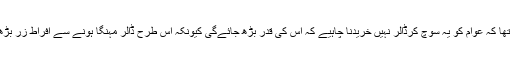
ان کا کہنا تھا کہ عوام کو یہ سوچ کرڈالر نہیں خریدنا چاہیے کہ اس کی قدر بڑھ جائےگی کیونکہ اس طرح ڈالر مہنگا ہونے سے افراطِ زر بڑھ جاتا ہے۔